system: You are a helpful assistant.
user:
Analyze the provided spectrum to determine if it is a **M-type Giant (gM)**.

A M-type Giant spectrum is defined by its **strong molecular absorption** features, particularly from **Titanium Oxide (TiO)**. You must check for one of the following mutually exclusive signatures:

- **Key Visual Indicators (Absorption-Dominated Spectrum):**

    - **(Primary):** The spectrum is dominated by strong molecular absorption from **Titanium Oxide (TiO)**. This is the **defining feature** of its M-type temperature class.
        - **(Key Bandheads):** Look for sharp, "saw-tooth" absorption valleys. The strongest are located near **~7050 Å**, **~6160 Å**, and **~5170 Å**.
        - **(Line Profile):** The "saw-tooth" morphology is critical: a **sharp, steep drop on the BLUE (short-wavelength) side** of the bandhead, followed by a gradual recovery (rising flux) towards the RED (long-wavelength) side.

    - **(Key Confirmation - Giant vs. Dwarf):** **ABSENCE** of strong **Calcium Hydride (CaH)** molecular bands. This is the primary diagnostic for *excluding* M-dwarfs.
        - **(Key Region):** The spectrum should lack the strong, broad absorption band seen in dwarfs between **~6800 Å and ~7000 Å**.

    - **(Secondary Confirmation - Giant):** A very strong and broad **Neutral Calcium (Ca I)** atomic absorption line.
        - **(Key Line):** Located at **~4226 Å**. In a giant (gM), this line is significantly deeper and broader than the same line in an M-dwarf (dM) due to low surface gravity.

    - **(Overall Spectrum):**
        - The continuum is **extremely red-sloping** (i.e., flux is very low in the blue and rises dramatically towards the red).
        - The entire spectrum appears "chopped up" by the deep TiO bands.

Think first, call **spectral_visualization_tool** if needed to examine features in detail, then provide your final answer. Your response must adhere to the following strict rules:
1.  **Overall Structure:** Your response must follow the format `<think>...</think> <tool_call>...</tool_call> (if a tool is used) <answer>...</answer>`.
2.  **Tool Usage Constraint:** You may only make **one** tool call per turn.
3.  **Final Answer Format:** In the `<answer>` tag, your conclusion must be inside a `\boxed{}` command (e.g., `\boxed{YES}` or `\boxed{NO}`), followed by your justification.

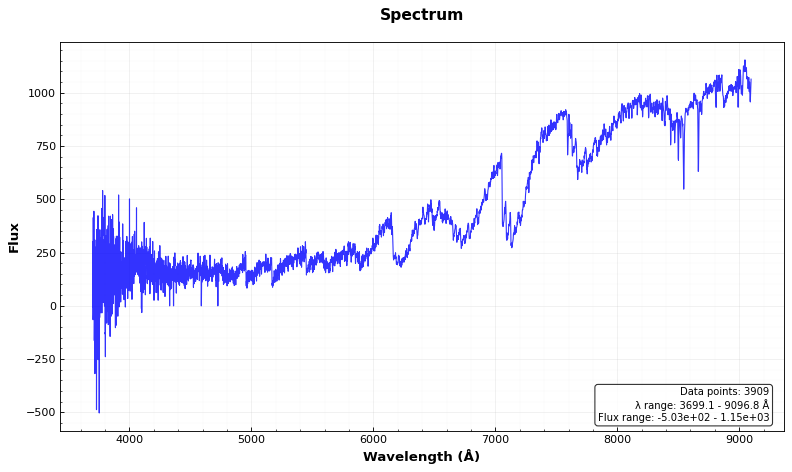
Answer: YES